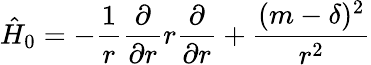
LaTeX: \hat{H}_{0}=-{\frac{1}{r}}{\frac{\partial}{\partial r}}r{\frac{\partial}{\partial r}}+{\frac{(m-\delta)^{2}}{r^{2}}}